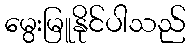
မွေးမြူနိုင်ပါသည်